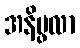
အနိပ္ဖလာ